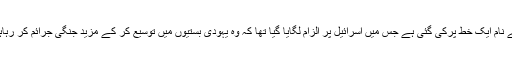
یہ کاروائی فلسطینیوں کی طرف سے اقوام متّحدہ کے نام ایک خط پرکی گئی ہے جس میں اسرائیل پر الزام لگایا گیا تھا کہ وُہ یہودی بستیوں میں توسیع کر کے مزید جنگی جرائم کر رہاہے اور اس کے لئے اسرائیل کا احتساب ہونا چاہئے۔